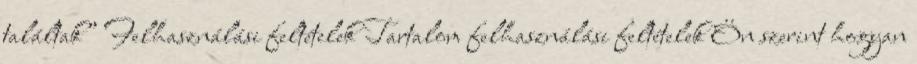
találtak” Felhasználási feltételek Tartalom felhasználási feltételek Ön szerint hogyan